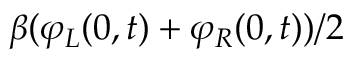
\beta ( \varphi _ { L } ( 0 , t ) + \varphi _ { R } ( 0 , t ) ) / 2